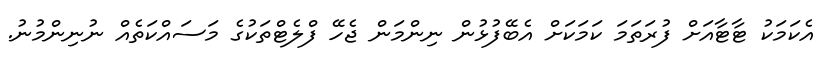
އެކަމަކު ޓާޓާއަށް ފުރަތަމަ ކަމަކަށް އެބޭފުޅުން ނިންމަން ޖެހޭ ފްލެޓްތަކުގެ މަސައްކަތެއް ނުނިންމުނު.